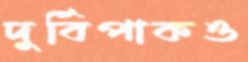
দুর্বিপাকও